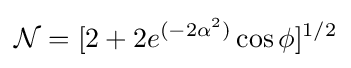
{\mathcal {N}}=[2+2e^{(-2\alpha ^{2})}\cos {\phi }]^{1/2}